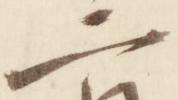
二